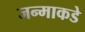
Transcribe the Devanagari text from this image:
जन्माकडे